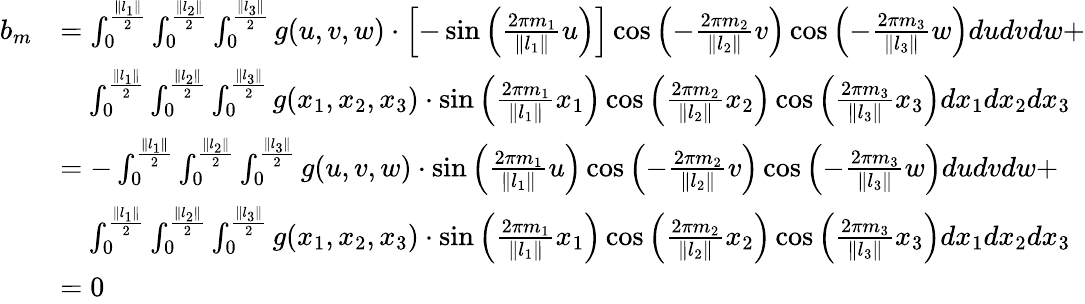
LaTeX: \begin{array}{rl}{b_{m}}&{=\int_{0}^{\frac{\| l_{1}\| }{2}}\int_{0}^{\frac{\| l_{2}\| }{2}}\int_{0}^{\frac{\| l_{3}\| }{2}}g(u,v,w)\cdot\left[-\sin{\left(\frac{2\pi m_{1}}{\| l_{1}\| }u\right)}\right]\cos{\left(-\frac{2\pi m_{2}}{\| l_{2}\| }v\right)}\cos{\left(-\frac{2\pi m_{3}}{\| l_{3}\| }w\right)}dudvdw+}\\ &{\quad\int_{0}^{\frac{\| l_{1}\| }{2}}\int_{0}^{\frac{\| l_{2}\| }{2}}\int_{0}^{\frac{\| l_{3}\| }{2}}g(x_{1},x_{2},x_{3})\cdot\sin{\left(\frac{2\pi m_{1}}{\| l_{1}\| }x_{1}\right)}\cos{\left(\frac{2\pi m_{2}}{\| l_{2}\| }x_{2}\right)}\cos{\left(\frac{2\pi m_{3}}{\| l_{3}\| }x_{3}\right)}dx_{1}dx_{2}dx_{3}}\\ &{=-\int_{0}^{\frac{\| l_{1}\| }{2}}\int_{0}^{\frac{\| l_{2}\| }{2}}\int_{0}^{\frac{\| l_{3}\| }{2}}g(u,v,w)\cdot\sin{\left(\frac{2\pi m_{1}}{\| l_{1}\| }u\right)}\cos{\left(-\frac{2\pi m_{2}}{\| l_{2}\| }v\right)}\cos{\left(-\frac{2\pi m_{3}}{\| l_{3}\| }w\right)}dudvdw+}\\ &{\quad\int_{0}^{\frac{\| l_{1}\| }{2}}\int_{0}^{\frac{\| l_{2}\| }{2}}\int_{0}^{\frac{\| l_{3}\| }{2}}g(x_{1},x_{2},x_{3})\cdot\sin{\left(\frac{2\pi m_{1}}{\| l_{1}\| }x_{1}\right)}\cos{\left(\frac{2\pi m_{2}}{\| l_{2}\| }x_{2}\right)}\cos{\left(\frac{2\pi m_{3}}{\| l_{3}\| }x_{3}\right)}dx_{1}dx_{2}dx_{3}}\\ &{=0}\end{array}